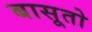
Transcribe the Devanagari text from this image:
बासूतो